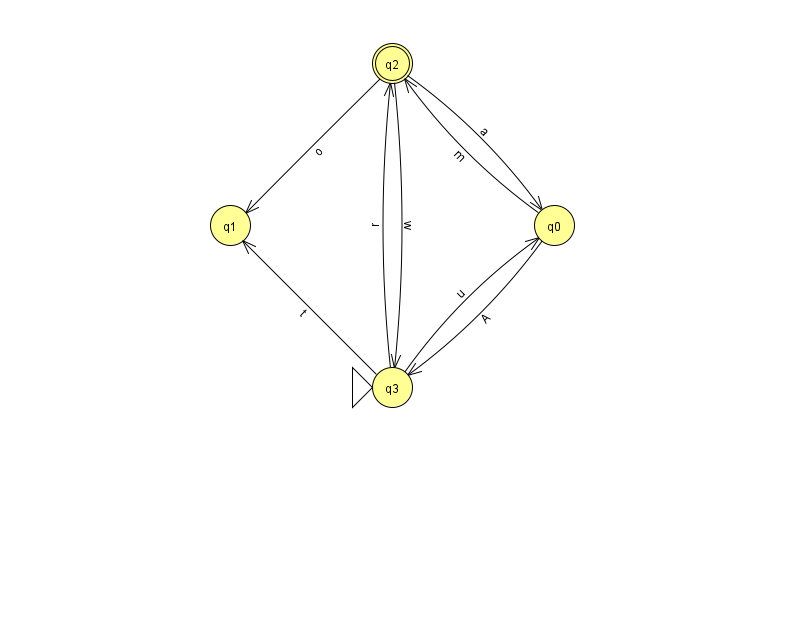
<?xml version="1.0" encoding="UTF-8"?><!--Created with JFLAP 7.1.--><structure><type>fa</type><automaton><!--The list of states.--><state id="0" name="q0"><x>554.0</x><y>212.0</y></state><state id="1" name="q1"><x>230.0</x><y>212.0</y></state><state id="2" name="q2"><x>392.0</x><y>50.0</y><final/></state><state id="3" name="q3"><x>392.0</x><y>374.0</y><initial/></state><!--The list of transitions.--><transition><from>2</from><to>1</to><read>o</read></transition><transition><from>2</from><to>0</to><read>a</read></transition><transition><from>2</from><to>3</to><read>w</read></transition><transition><from>3</from><to>0</to><read>u</read></transition><transition><from>3</from><to>2</to><read>r</read></transition><transition><from>0</from><to>3</to><read>A</read></transition><transition><from>3</from><to>1</to><read>t</read></transition><transition><from>0</from><to>2</to><read>m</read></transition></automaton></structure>